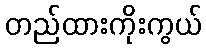
တည်ထားကိုးကွယ်